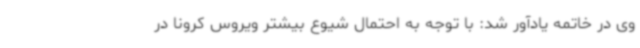
وی در خاتمه یادآور شد: با توجه به احتمال شیوع بیشتر ویروس کرونا در